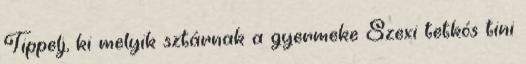
Tippelj, ki melyik sztárnak a gyermeke Szexi tetkós tini